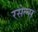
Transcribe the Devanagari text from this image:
रसेल्स